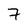
Character: 7